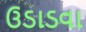
ઉડાડવા